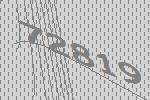
72819